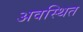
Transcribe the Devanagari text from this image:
अवस्‍थित